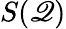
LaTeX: S(\mathscr{Q})